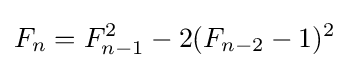
F_{n}=F_{n-1}^{2}-2(F_{n-2}-1)^{2}